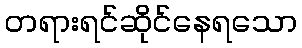
တရားရင်ဆိုင်နေရသော